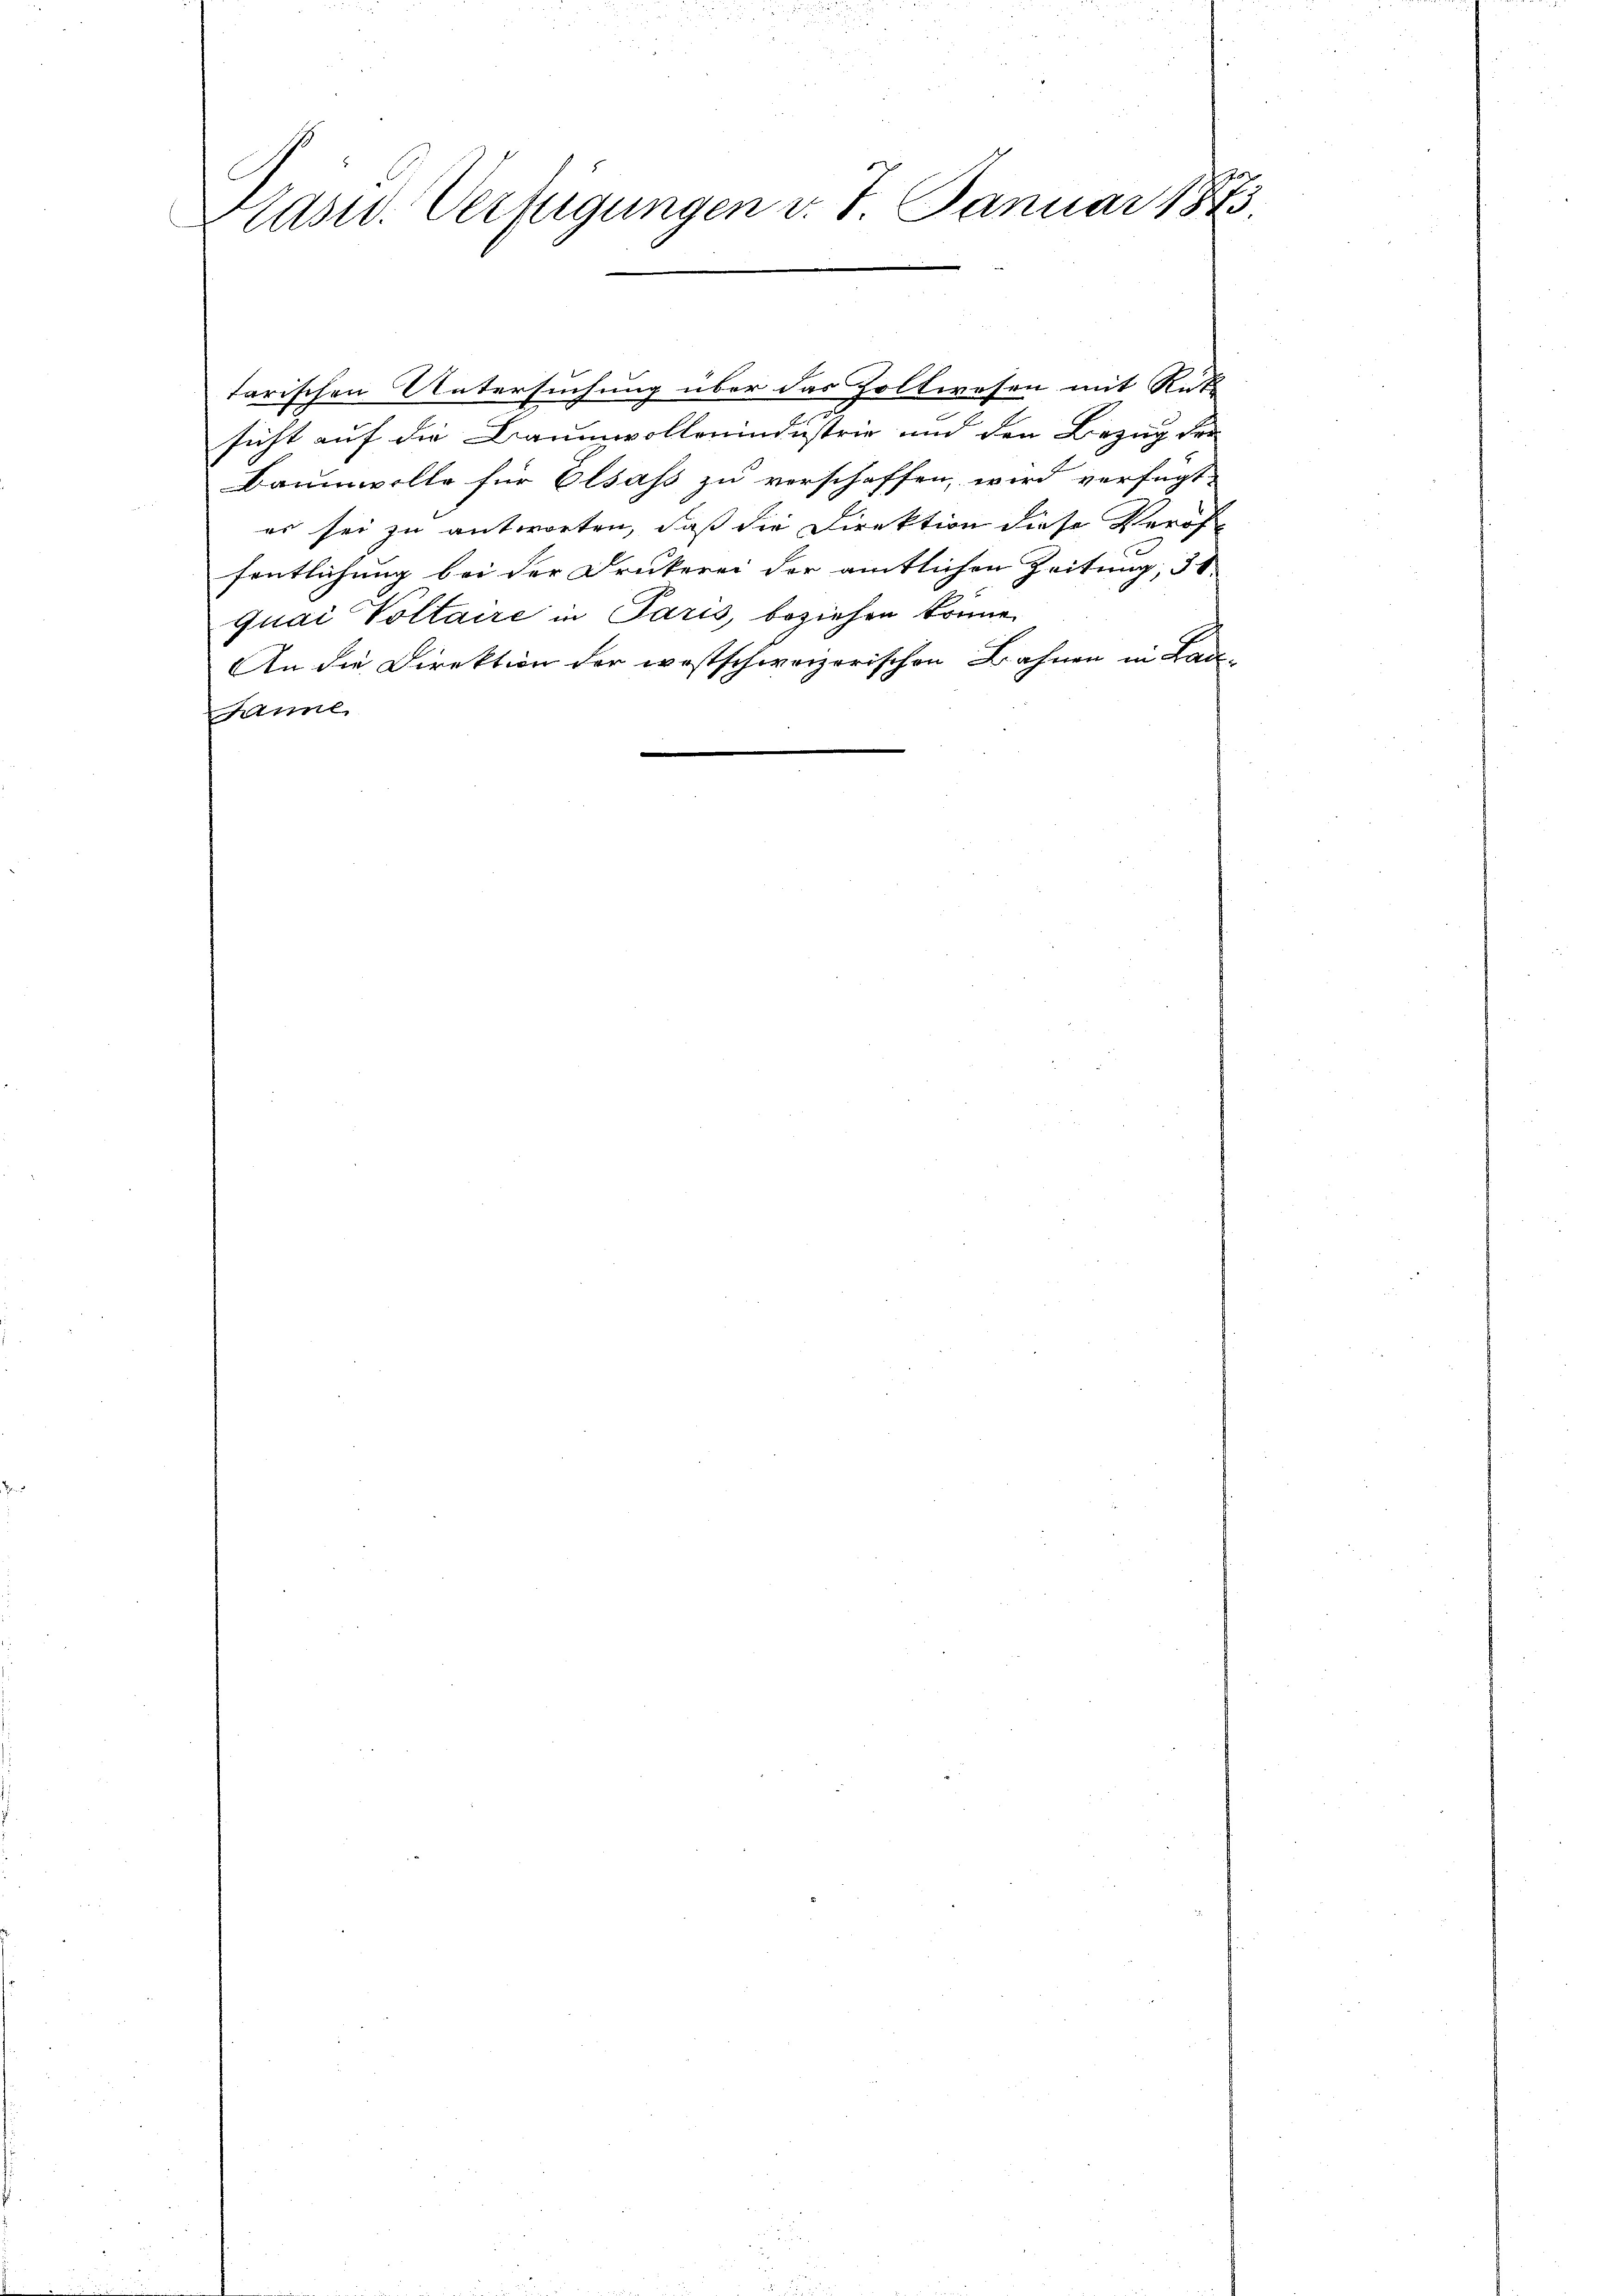
7
Kasw. Verfügungen d. 7. Januar 1873.

tarischen Untersuchung über das Zollwesen mit Rück
sicht auf die Baumwollenindustrie und den Bezug der
Baumwolle für Olsass zu verschaffen, wird verfügt:
es sei zu antworten, daß die Direktion diese Veröf
fentlichung bei der Drukerei der amtlichen Zeitung, 31.
quai Voltaire in Paris, beziehen könne.
An die Direktion der westschweizerischen Bahnen in Lade¬
.
6
Anl